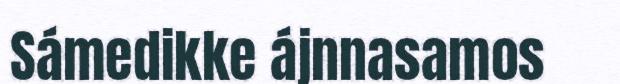
Sámedikke ájnnasamos